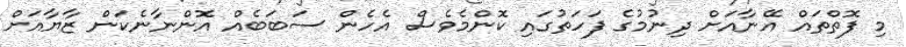
މި ފޮތްތައް އޭނާއަށް ދިނުމުގެ ފަހަތުގައި ކޮންމެވެސް އެހެން ސަބަބެއް އޮންނާނެކަން ޒާޔާއަށް